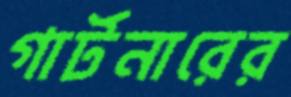
গার্টনারের